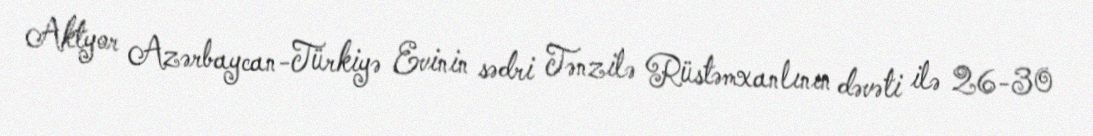
Aktyor Azərbaycan-Türkiyə Evinin sədri Tənzilə Rüstəmxanlının dəvəti ilə 26-30